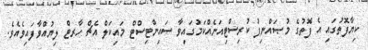
ކިޔާފޮތުގައި އެ ފޮތުގެ މުޞައްނިފު ކުރިސްޓިއަނެއްކަމުގައިވާ ސައިންޓިސްޓް މައިކަލް އެޗް ހާރޓް ލިޔުއްވާފައިވެއެވެ.